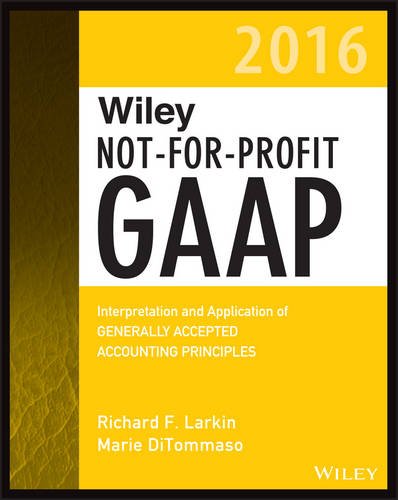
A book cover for Wiley Not-for-Profit GAAP 2016: Interpretation and Application of Generally Accepted Accounting Principles (Wiley Regulatory Reporting); Warren Ruppel; Test Preparation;